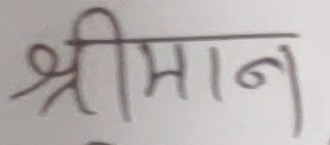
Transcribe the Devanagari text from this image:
श्रीमान